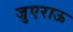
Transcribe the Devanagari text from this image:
जुएराऊ